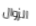
الزوال